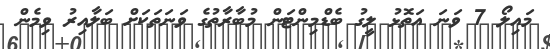
މައިލޯ 7 ވަނަ އަތޮޅު ލީގު ބެޑްމިންޓަން މުބާރާތުގެ ވަނަތަަކަށް ބަލާއިރު ވިމެން